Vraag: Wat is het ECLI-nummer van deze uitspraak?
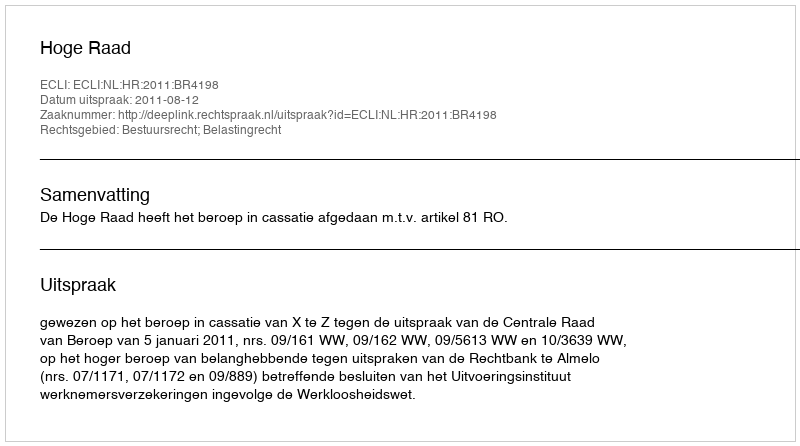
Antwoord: ECLI:NL:HR:2011:BR4198